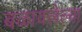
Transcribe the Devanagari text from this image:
बळावलेल्या